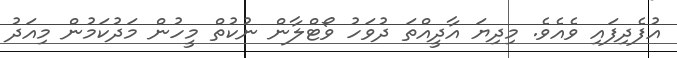
އުފެދިފައި ވެއެވެ. މިދިޔަ އާދީއްތަ ދުވަހު ވޯޓްލާން ނުކުތް މީހުން މަދުކަމުން މިއަދު